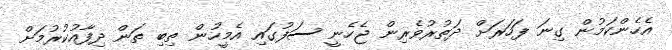
އެހެންކަމުން ގިނަ ފަހަރަށް ދަތުރުވެރިން ޖެހެނީ ސަފުގައި އެމީހުން ތިބި ތަން ދިފާއުކުރުމަށް